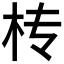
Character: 𣏢